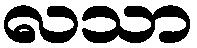
လသာ